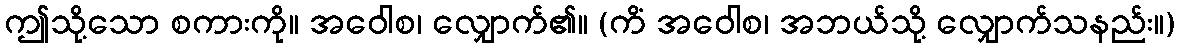
ဤသို့သော စကားကို။ အဝေါစ၊ လျှောက်၏။ (ကိံ အဝေါစ၊ အဘယ်သို့ လျှောက်သနည်း။)